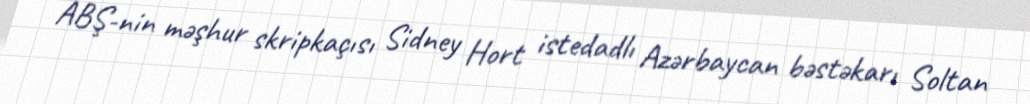
ABŞ-nin məşhur skripkaçısı Sidney Hort istedadlı Azərbaycan bəstəkarı Soltan